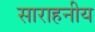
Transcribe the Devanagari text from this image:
साराहनीय